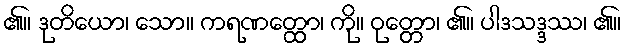
၏။ ဒုတိယော၊ သော။ ကရဏတ္ထော၊ ကို။ ဝုတ္တော၊ ၏။ ပါဒသဒ္ဒဿ၊ ၏။